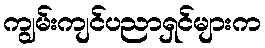
ကျွမ်းကျင်ပညာရှင်များက